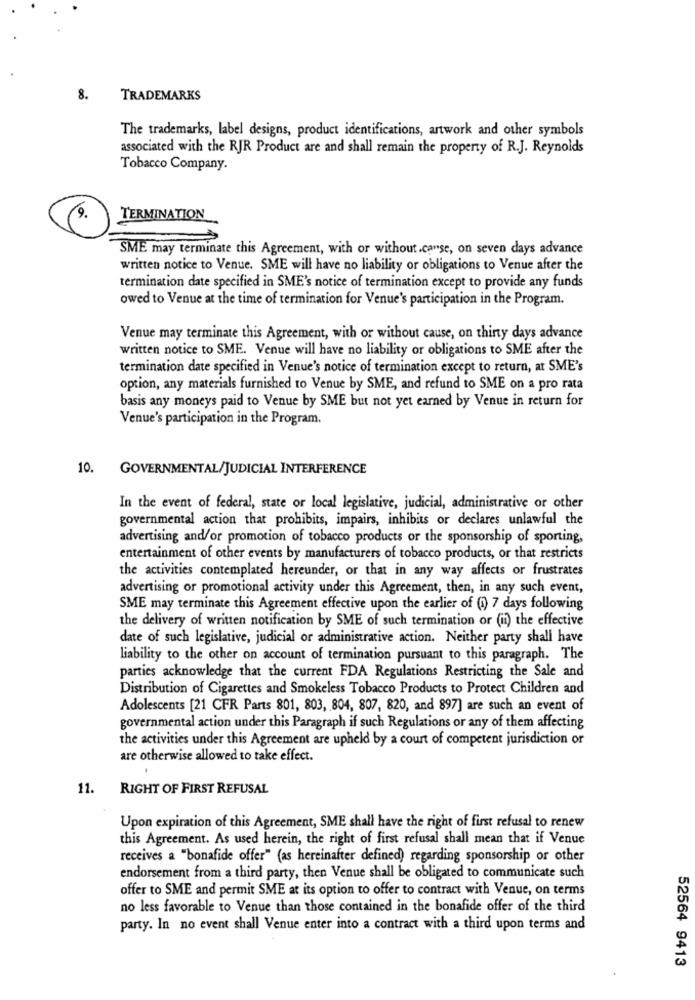
8.
TRADEMARKS
The trademarks, label designs, product identifications, artwork and other symbols
associated with the RJR Product are and shall remain the property of R.J. Reynolds
Tobacco Company.
9.
TERMINATION
SME may terminate this Agreement, with or without.carse, on seven days advance
written notice to Venue. SME will have no liability or obligations to Venue after the
termination date specified in SME's notice of termination except to provide any funds
owed to Venue at the time of termination for Venue's participation in the Program.
Venue may terminate this Agreement, with or without cause, on thirty days advance
written notice to SME. Venue will have no liability or obligations to SME after the
termination date specified in Venue's notice of termination except to return, at SME's
option, any materials furnished to Venue by SME, and refund to SME on a pro rata
basis any moneys paid to Venue by SME but not yet earned by Venue in return for
Venue's participation in the Program.
10.
GOVERNMENTAL/JUDICIAL INTERFERENCE
In the event of federal, state or local legislative, judicial, administrative or other
governmental action that prohibits, impairs, inhibits or declares unlawful the
advertising and/or promotion of tobacco products or the sponsorship of sporting,
entertainment of other events by manufacturers of tobacco products, or that restricts
the activities contemplated hereunder, or that in any way affects or frustrates
advertising or promotional activity under this Agreement, then, in any such event,
SME may terminate this Agreement effective upon the earlier of (4) 7 days following
the delivery of written notification by SME of such termination or (ii) the effective
date of such legislative, judicial or administrative action. Neither party shall have
liability to the other on account of termination pursuant to this paragraph. The
parties acknowledge that the current FDA Regulations Restricting the Sale and
Distribution of Cigarettes and Smokeless Tobacco Products to Protect Children and
Adolescents [21 CFR Parts 801, 803, 804, 807, 820, and 897] are such an event of
governmental action under this Paragraph if such Regulations or any of them affecting
the activities under this Agreement are upheld by a court of competent jurisdiction or
are otherwise allowed to take effect.
11.
RIGHT OF FIRST REFUSAL
Upon expiration of this Agreement, SME shall have the right of first refusal to renew
this Agreement. As used herein, the right of first refusal shall mean that if Venue
receives a "bonafide offer" (as hereinafter defined) regarding sponsorship or other
endorsement from a third party, then Venue shall be obligated to communicate such
offer to SME and permit SME at its option to offer to contract with Venue, on terms
no less favorable to Venue than those contained in the bonafide offer of the third
party. In no event shall Venue enter into a contract with a third upon terms and
52564 9413